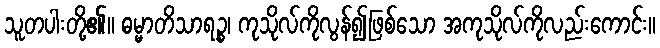
သူတပါးတို့၏။ ဓမ္မာတိသာရဉ္စ၊ ကုသိုလ်ကိုလွန်၍ဖြစ်သော အကုသိုလ်ကိုလည်းကောင်း။